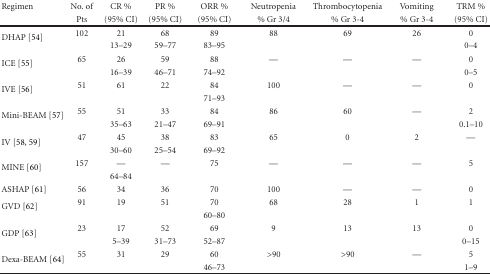
| Regimen | No. of | CR % | PR % | ORR % | Neutropenia | Thrombocytopenia | Vomiting | TRM % |
 |  | Pts | (95% CI) | (95% CI) | (95% CI) | % Gr 3/4 | % Gr 3-4 | % Gr 3-4 | (95% CI) |
 | --- | --- | --- | --- | --- | --- | --- | --- | --- |
 | <ROWSPAN=2> DHAP [54] | 102 | 21 | 68 | 89 | 88 | 69 | 26 | 0 |
 |  | 13–29 | 59–77 | 83–95 |  |  |  | 0–4 |
 | <ROWSPAN=2> ICE [55] | 65 | 26 | 59 | 88 | — | — | — | 0 |
 |  | 16–39 | 46–71 | 74–92 |  |  |  | 0–5 |
 | <ROWSPAN=2> IVE [56] | 51 | 61 | 22 | 84 | 100 | — | — | 0 |
 |  |  |  | 71–93 |  |  |  |  |
 | <ROWSPAN=2> Mini-BEAM [57] | 55 | 51 | 33 | 84 | 86 | 60 | — | 2 |
 |  | 35–63 | 21–47 | 69–91 |  |  |  | 0.1–10 |
 | <ROWSPAN=2> IV [58, 59] | 47 | 45 | 38 | 83 | 65 | 0 | 2 | — |
 |  | 30–60 | 25–54 | 69–92 |  |  |  |  |
 | <ROWSPAN=2> MINE [60] | 157 | — | — | 75 | — | — | — | 5 |
 |  | 64–84 |  |  |  |  |  |  |
 | ASHAP [61] | 56 | 34 | 36 | 70 | 100 | — | — | 0 |
 | <ROWSPAN=2> GVD [62] | 91 | 19 | 51 | 70 | 68 | 28 | 1 | 1 |
 |  |  |  | 60–80 |  |  |  |  |
 | <ROWSPAN=2> GDP [63] | 23 | 17 | 52 | 69 | 9 | 13 | 13 | 0 |
 |  | 5–39 | 31–73 | 52–87 |  |  |  | 0–15 |
 | <ROWSPAN=2> Dexa-BEAM [64] | 55 | 31 | 29 | 60 | >90 | >90 | — | 5 |
 |  |  |  | 46–73 |  |  |  | 1–9 |